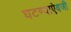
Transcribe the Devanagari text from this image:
घटण्याऐवजी